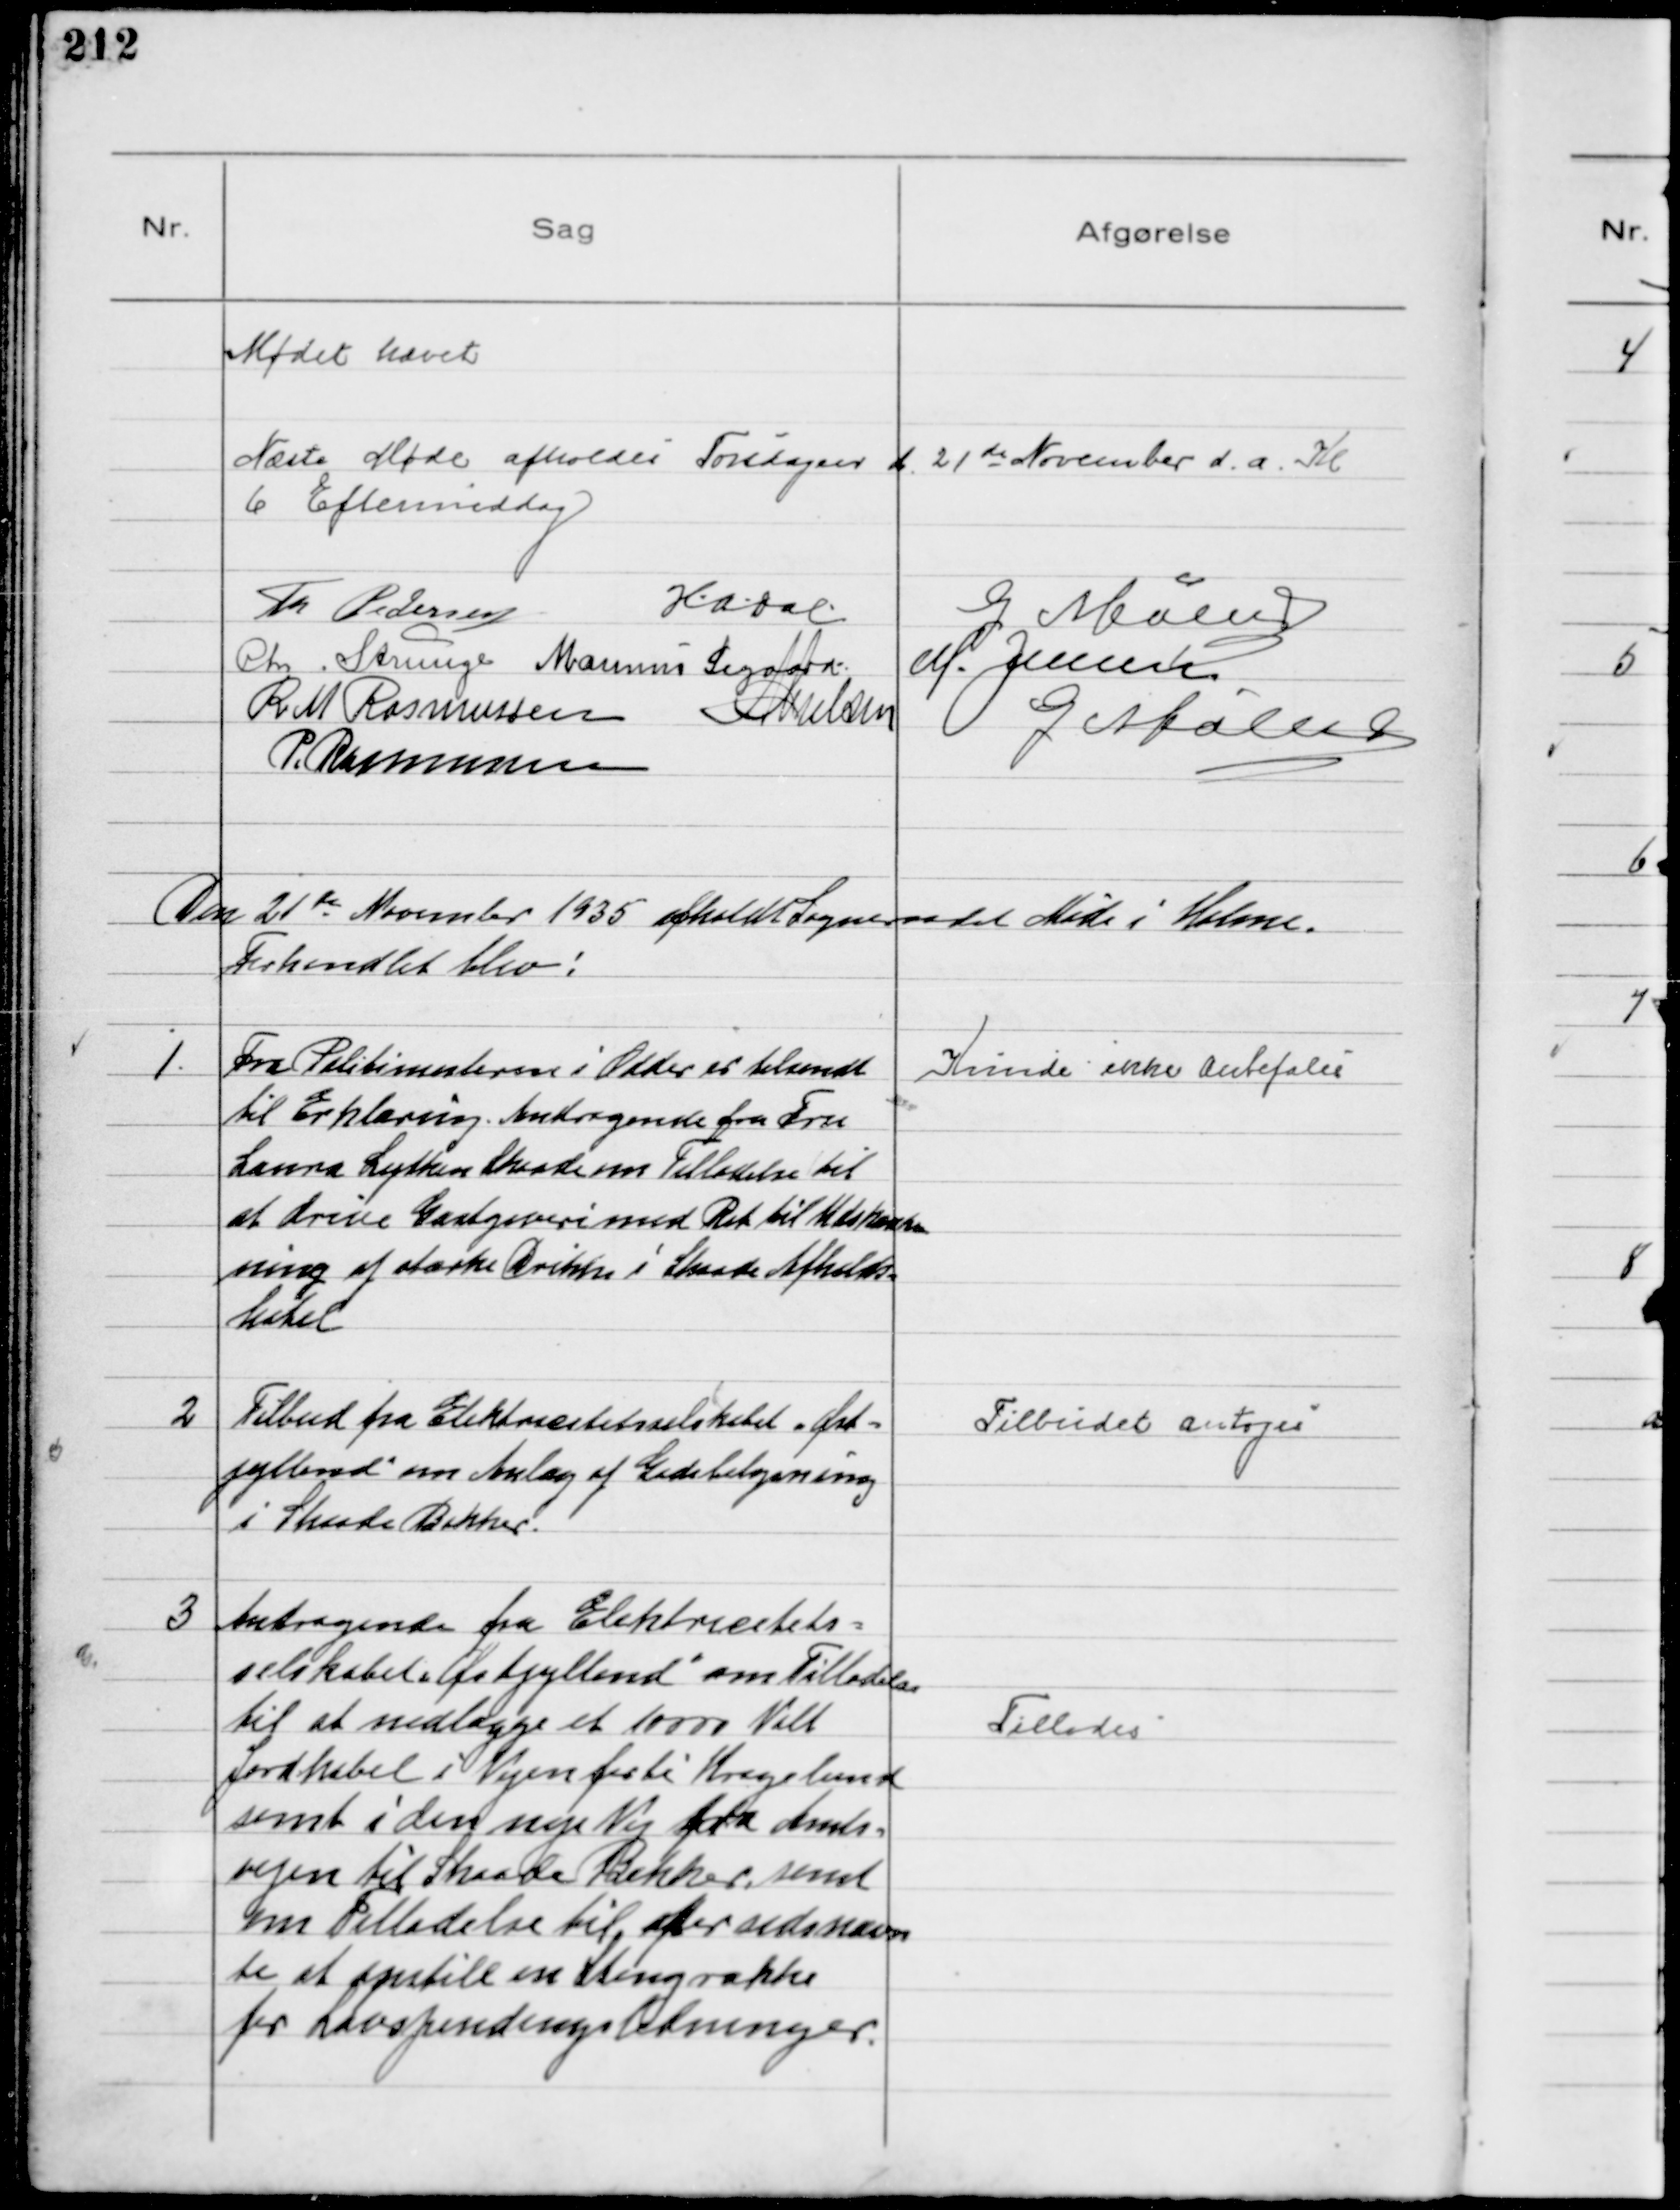
Transskription:
Mødet hævet
Næste Møde afholdes Torsdagen d. 21de November d.a. Kl
6 Eftermiddag
Th Pedersen
HADal
G Møller
Chr. Strunge Marinus Sigaard M. Jensen
R M Rasmussen NNielsen
G Møller
P. Rasmussen

Den 21de November 1935 afholdt Sogneraadet Møde i Holme.
Forhandlet blev!

1.
Fra Politimesteren i Odder er tilsendt
til Erklæring. Andragende fra Fru
Laura Lytken Skaade om Tilladelse til
at drive Gæstgiveri med Ret til Udskænk
ning af stærke Drikke i Skaade Afholds-
hotel

Kunde ikke Anbefales

2
Tilbud fra Elekticitetsselskabet "Øst-
jylland" om Anlæg af Gadebelysning
i Skaade Bakker.

Tilbudet antoges

3
Andragende fra Elekticitets-
selskabet "Østjylland" om Tilladelse
til at nedlægge et 10000 Volt
Jordkabel i Vejen forbi Kragelund
samt i den nye Vej fra Amts-
vejen til Skaade Bakker, samt
om Tilladelse til efter sidsnævn
te at opstill en Stengrække
for Lavspændingsledninger

Tillodes